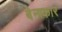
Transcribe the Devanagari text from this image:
बेनाकार